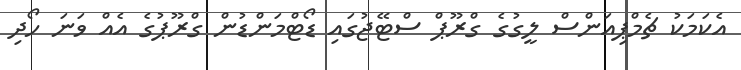
އެކަމަކު ޗެމްޕިއަންސް ލީގުގެ ގްރޫޕް ސްޓޭޖުގައި ޑޯޓްމަންޑުން ގްރޫޕުގެ އެއް ވަނަ ހޯދި